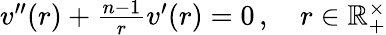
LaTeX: \begin{array}{r}{v^{\prime\prime}(r)+\frac{n-1}{r}v^{\prime}(r)=0\, ,\quad r\in\mathbb{R}_{+}^{\times}}\end{array}